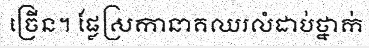
ច្រើន។ ផ្លែស្រកានាគឈរលំដាប់ថ្នាក់